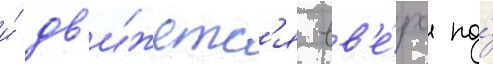
и́ дв'и́жетс'я вв'е́рх по́